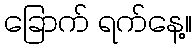
ခြောက် ရက်နေ့။